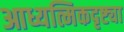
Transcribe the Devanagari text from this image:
आध्यत्मिकदृष्ट्या